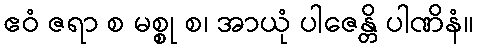
ဧဝံ ဇရာ စ မစ္စု စ၊ အာယုံ ပါဇေန္တိ ပါဏိနံ။